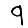
Digit: 9